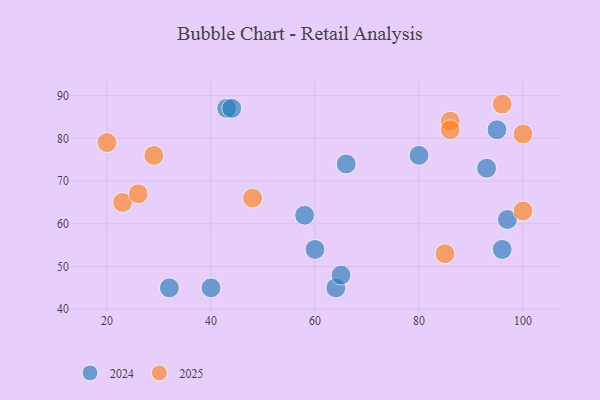
{"axis": {"x": "GDP", "y": "Life Expectancy"}, "legend": ["2024", "2025"], "data": [{"x": "93", "y": 73, "type": "2024"}, {"x": "64", "y": 45, "type": "2024"}, {"x": "65", "y": 48, "type": "2024"}, {"x": "66", "y": 74, "type": "2024"}, {"x": "60", "y": 54, "type": "2024"}, {"x": "96", "y": 54, "type": "2024"}, {"x": "80", "y": 76, "type": "2024"}, {"x": "97", "y": 61, "type": "2024"}, {"x": "95", "y": 82, "type": "2024"}, {"x": "43", "y": 87, "type": "2024"}, {"x": "32", "y": 45, "type": "2024"}, {"x": "44", "y": 87, "type": "2024"}, {"x": "58", "y": 62, "type": "2024"}, {"x": "40", "y": 45, "type": "2024"}, {"x": "85", "y": 53, "type": "2025"}, {"x": "23", "y": 65, "type": "2025"}, {"x": "48", "y": 66, "type": "2025"}, {"x": "96", "y": 88, "type": "2025"}, {"x": "29", "y": 76, "type": "2025"}, {"x": "86", "y": 84, "type": "2025"}, {"x": "100", "y": 81, "type": "2025"}, {"x": "86", "y": 82, "type": "2025"}, {"x": "20", "y": 79, "type": "2025"}, {"x": "100", "y": 63, "type": "2025"}, {"x": "26", "y": 67, "type": "2025"}]}